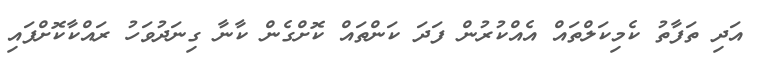
އަދި ތަފާތު ކެމިކަލްތައް އެއްކުރުން ފަދަ ކަންތައް ކޮށްގެން ކާނާ ގިނަދުވަހު ރައްކާކޮށްފައި